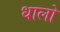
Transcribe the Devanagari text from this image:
धालो